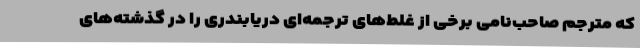
که مترجم صاحب‌نامی برخی از غلط‌های ترجمه‌ای دریابندری را در گذشته‌های